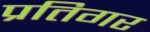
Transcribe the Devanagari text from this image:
प्रतिगर